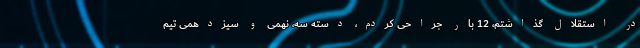
در استقلال گذاشتم، 12 بار جراحی کردم، دسته سه، نهمی و سیزدهمی تیم